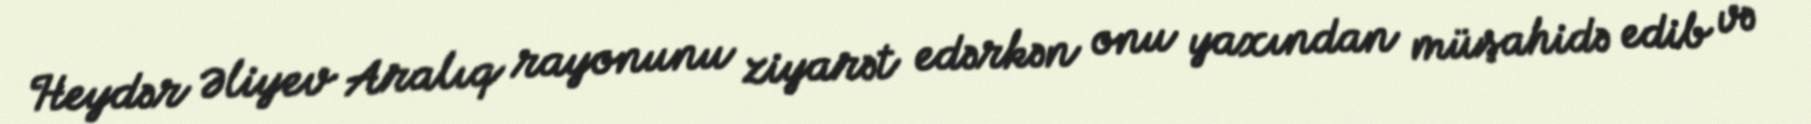
Heydər Əliyev Aralıq rayonunu ziyarət edərkən onu yaxından müşahidə edib və